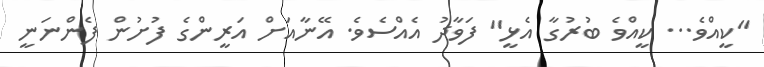
"ކީއްވެ... ކީއްވެ ބުރުގާ އެޅީ" ފަވާދު އެއްސެވެ. އޭނާއަށް އަރީންގެ ފުށުން ފެންނަނީ